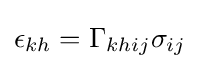
\epsilon _{kh}=\Gamma _{khij}\sigma _{ij}